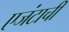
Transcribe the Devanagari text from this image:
एजंटाची